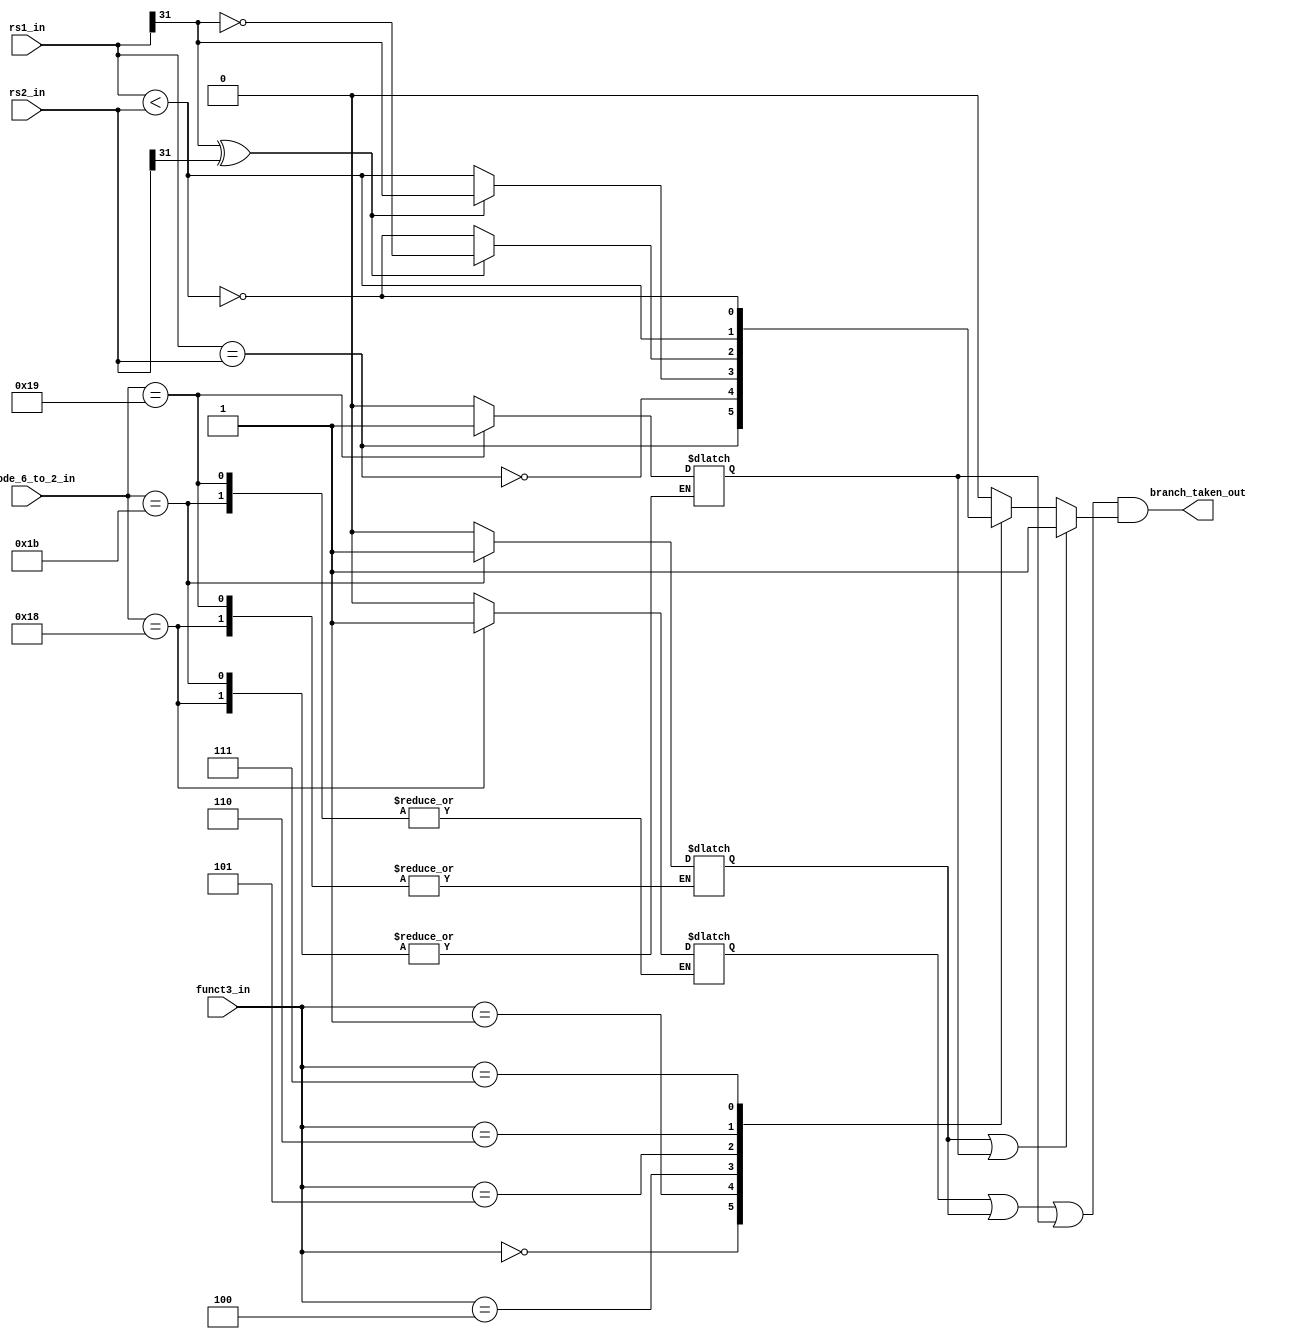
module msrv32_bu(
                 input  [6:2] opcode_6_to_2_in,
                 input  [2:0] funct3_in,       
                 input  [31:0] rs1_in,rs2_in,         
                 output branch_taken_out      
                );    

   parameter  OPCODE_BRANCH   =    5'b11000;
   parameter  OPCODE_JAL      =    5'b11011;
   parameter  OPCODE_JALR     =    5'b11001;

   wire pc_mux_sel;
   wire pc_mux_sel_en; 
   reg is_branch;     
   reg is_jal;       
   reg is_jalr;        
   wire is_jump;       
   reg take;           

   assign is_jump = is_jal | is_jalr; 
   assign pc_mux_sel_en = is_branch | is_jal | is_jalr;
   assign pc_mux_sel = (is_jump == 1'b1) ? 1'b1 : take;
   assign branch_taken_out = pc_mux_sel_en & pc_mux_sel;
    
   always @(*)
   begin
      case (funct3_in)
         3'b000  : take = (rs1_in == rs2_in);
         3'b001  : take = !(rs1_in == rs2_in);
         3'b100  : take = rs1_in[31] ^ rs2_in[31] ? rs1_in[31] : (rs1_in < rs2_in);
         3'b101  : take = rs1_in[31] ^ rs2_in[31] ? ~rs1_in[31] : !(rs1_in < rs2_in);
         3'b110  : take = (rs1_in < rs2_in);
         3'b111  : take = !(rs1_in < rs2_in);
         default : take = 1'b0;
      endcase
   end

   always @(*)
   begin
      case (opcode_6_to_2_in)
         OPCODE_JAL    : is_jal = 1'b1;
         OPCODE_JALR   : is_jalr = 1'b1;
         OPCODE_BRANCH : is_branch = 1'b1;
         default       : {is_jal, is_jalr, is_branch} = 3'b000;
      endcase
   end
endmodule